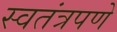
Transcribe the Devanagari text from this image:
स्‍वतंत्रपणे